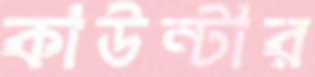
কাউন্টার